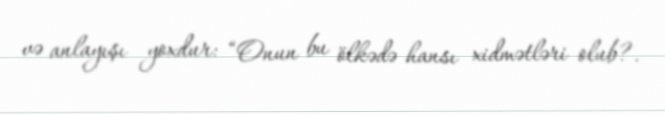
və anlayışı yoxdur: “Onun bu ölkədə hansı xidmətləri olub?.